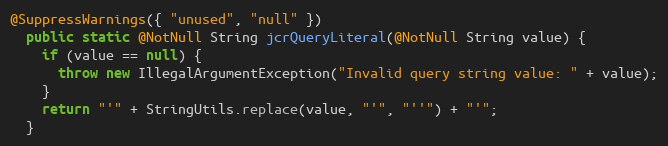
Language: Java
@SuppressWarnings({ "unused", "null" })
  public static @NotNull String jcrQueryLiteral(@NotNull String value) {
    if (value == null) {
      throw new IllegalArgumentException("Invalid query string value: " + value);
    }
    return "'" + StringUtils.replace(value, "'", "''") + "'";
  }